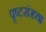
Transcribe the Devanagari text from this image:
पृष्टसंख्या